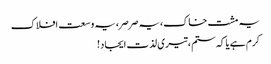
یہ مشت خاک، یہ صرصر، یہ وسعت افلاک
کرم ہے یا کہ ستم، تیری لذت ایجاد!